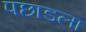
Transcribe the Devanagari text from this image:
पछाडला